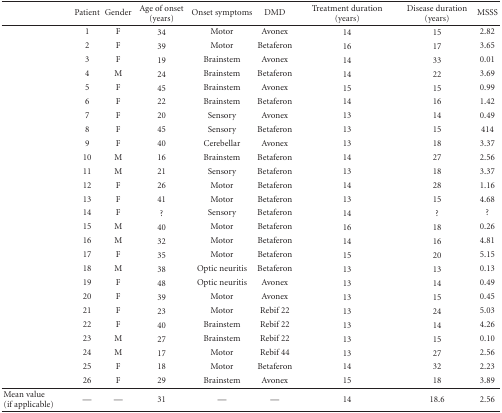
<table><thead><tr><td><b> </b></td><td><b>Patient </b></td><td><b>Gender</b></td><td><b>Age of onset (years)</b></td><td><b>Onset symptoms</b></td><td><b>DMD</b></td><td><b>Treatment duration (years)</b></td><td><b>Disease duration (years)</b></td><td><b>MSSS</b></td></tr></thead><tbody><tr><td> </td><td>1</td><td>F</td><td>34</td><td>Motor</td><td>Avonex</td><td>14</td><td>15</td><td>2.82</td></tr><tr><td> </td><td>2</td><td>F</td><td>39</td><td>Motor</td><td>Betaferon</td><td>16</td><td>17</td><td>3.65</td></tr><tr><td> </td><td>3</td><td>F</td><td>19</td><td>Brainstem</td><td>Avonex</td><td>14</td><td>33</td><td>0.01</td></tr><tr><td> </td><td>4</td><td>M</td><td>24</td><td>Brainstem</td><td>Betaferon</td><td>14</td><td>22</td><td>3.69</td></tr><tr><td> </td><td>5</td><td>F</td><td>45</td><td>Brainstem</td><td>Avonex</td><td>15</td><td>15</td><td>0.99</td></tr><tr><td> </td><td>6</td><td>F</td><td>22</td><td>Brainstem</td><td>Betaferon</td><td>14</td><td>16</td><td>1.42</td></tr><tr><td> </td><td>7</td><td>F</td><td>20</td><td>Sensory</td><td>Avonex</td><td>13</td><td>14</td><td>0.49</td></tr><tr><td> </td><td>8</td><td>F</td><td>45</td><td>Sensory</td><td>Betaferon</td><td>13</td><td>15</td><td>414</td></tr><tr><td> </td><td>9</td><td>F</td><td>40</td><td>Cerebellar</td><td>Avonex</td><td>13</td><td>18</td><td>3.37</td></tr><tr><td> </td><td>10</td><td>M</td><td>16</td><td>Brainstem</td><td>Betaferon</td><td>14</td><td>27</td><td>2.56</td></tr><tr><td> </td><td>11</td><td>M</td><td>21</td><td>Sensory</td><td>Betaferon</td><td>13</td><td>18</td><td>3.37</td></tr><tr><td> </td><td>12</td><td>F</td><td>26</td><td>Motor</td><td>Betaferon</td><td>14</td><td>28</td><td>1.16</td></tr><tr><td> </td><td>13</td><td>F</td><td>41</td><td>Motor</td><td>Betaferon</td><td>13</td><td>15</td><td>4.68</td></tr><tr><td> </td><td>14</td><td>F</td><td>?</td><td>Sensory</td><td>Betaferon</td><td>14</td><td>?</td><td>?</td></tr><tr><td> </td><td>15</td><td>M</td><td>40</td><td>Motor</td><td>Betaferon</td><td>16</td><td>18</td><td>0.26</td></tr><tr><td> </td><td>16</td><td>M</td><td>32</td><td>Motor</td><td>Betaferon</td><td>14</td><td>16</td><td>4.81</td></tr><tr><td> </td><td>17</td><td>F</td><td>35</td><td>Motor</td><td>Betaferon</td><td>15</td><td>20</td><td>5.15</td></tr><tr><td> </td><td>18</td><td>M</td><td>38</td><td>Optic neuritis</td><td>Betaferon</td><td>13</td><td>13</td><td>0.13</td></tr><tr><td> </td><td>19</td><td>F</td><td>48</td><td>Optic neuritis</td><td>Avonex</td><td>13</td><td>14</td><td>0.49</td></tr><tr><td> </td><td>20</td><td>F</td><td>39</td><td>Motor</td><td>Avonex</td><td>13</td><td>15</td><td>0.45</td></tr><tr><td> </td><td>21</td><td>F</td><td>23</td><td>Motor</td><td>Rebif 22</td><td>13</td><td>24</td><td>5.03</td></tr><tr><td> </td><td>22</td><td>F</td><td>40</td><td>Brainstem</td><td>Rebif 22</td><td>13</td><td>14</td><td>4.26</td></tr><tr><td> </td><td>23</td><td>M</td><td>27</td><td>Brainstem</td><td>Rebif 22</td><td>13</td><td>15</td><td>0.10</td></tr><tr><td> </td><td>24</td><td>M</td><td>17</td><td>Motor</td><td>Rebif 44</td><td>13</td><td>27</td><td>2.56</td></tr><tr><td> </td><td>25</td><td>F</td><td>18</td><td>Motor</td><td>Betaferon</td><td>14</td><td>32</td><td>2.23</td></tr><tr><td> </td><td>26</td><td>F</td><td>29</td><td>Brainstem</td><td>Avonex</td><td>15</td><td>18</td><td>3.89</td></tr><tr><td>Mean value (if applicable)</td><td>—</td><td>—</td><td>31</td><td>—</td><td>—</td><td>14</td><td>18.6</td><td>2.56</td></tr></tbody></table>